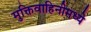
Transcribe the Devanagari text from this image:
मुक्तिवाहिनीमध्ये